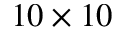
1 0 \times 1 0